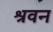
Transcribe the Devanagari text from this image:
श्रवन